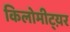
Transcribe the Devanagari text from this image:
किलोमीट्य़र